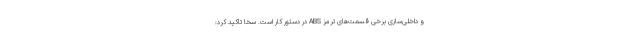
و داخلی‌سازی برخی قسمت‌های ترمز ABS در دستور کار است. سخا تاکید کرد:‌